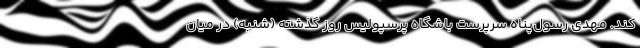
کند. مهدی رسول‌پناه سرپرست باشگاه پرسپولیس روز گذشته (شنبه) در میان